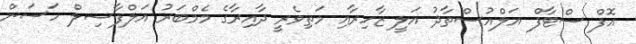
އޮފް ސްޓާފް އަލްއުސްތާޛު އަލީ ޒާހިރާއި މަތިވެރީ ދާއިރާގެ މެމްބަރު އަލްފާޟިލް ހަސަން